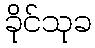
ခိုင်သုခ